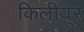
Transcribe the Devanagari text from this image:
किलीयूर